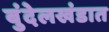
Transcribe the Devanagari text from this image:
बुंदेलखंडात